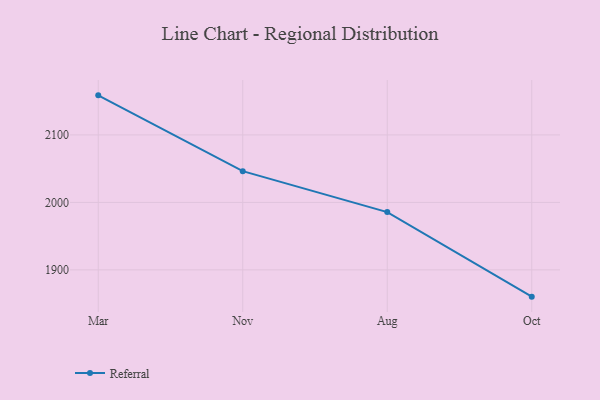
{"axis": {"x": "Month", "y": "Humidity (%)"}, "legend": ["Referral"], "data": [{"x": "Mar", "y": 2158.7, "type": "Referral"}, {"x": "Nov", "y": 2046.3, "type": "Referral"}, {"x": "Aug", "y": 1985.6, "type": "Referral"}, {"x": "Oct", "y": 1860.3, "type": "Referral"}]}